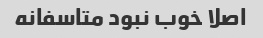
اصلا خوب نبود متاسفانه